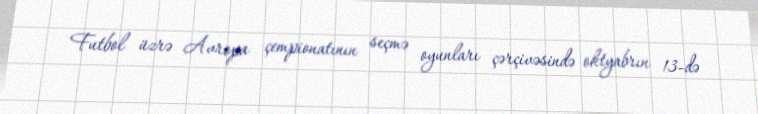
Futbol üzrə Avropa çempionatının seçmə oyunları çərçivəsində oktyabrın 13-də